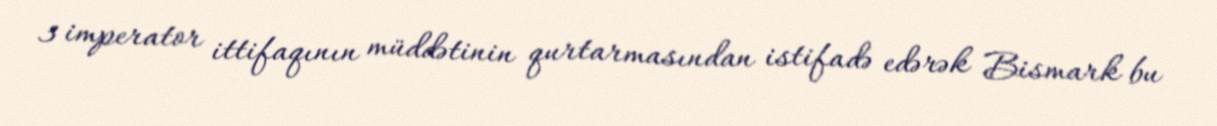
3 imperator ittifaqının müddətinin qurtarmasından istifadə edərək Bismark bu